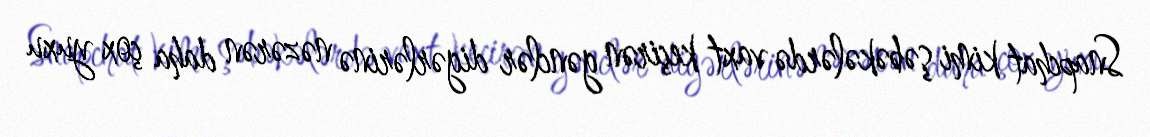
Snapchat kimi şəbəkələrdə vaxt keçirən gənclər digərlərinə nəzərən daha çox yuxu